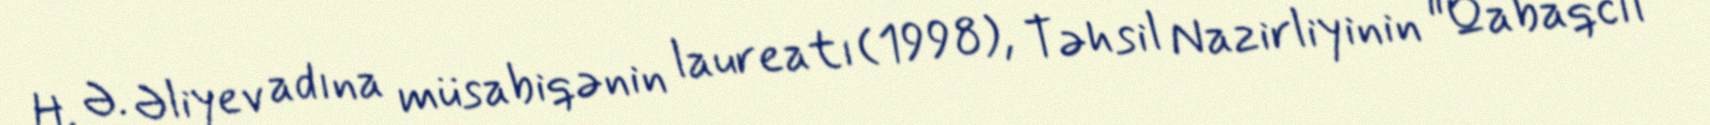
H. Ə. Əliyev adına müsabiqənin laureatı (1998), Təhsil Nazirliyinin "Qabaqcıl